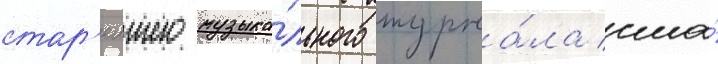
стар'еишего музыка́льного журна́ла сша́